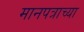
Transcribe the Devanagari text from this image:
मानपत्राच्या